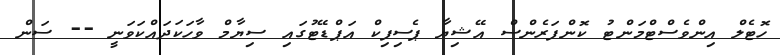
ހޮޓެލް އިންވެސްޓްމަންޓު ކޮންފަރެންސް އޭޝިޔާ ޕެސިފިކް އަޕްޑޭޓުގައި ސިޔާމް ވާހަކަދައްކަވަނީ -- ސަން